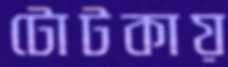
টোটকায়